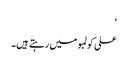
‘
علی کولمبو میں رہتے ہیں۔